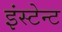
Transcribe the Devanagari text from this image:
इंस्टेन्ट